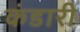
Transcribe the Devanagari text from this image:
कंडारी